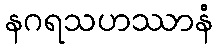
နဂရသဟဿာနံ